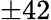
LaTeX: \pm 42